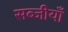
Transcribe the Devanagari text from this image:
सब्जीयाँ